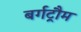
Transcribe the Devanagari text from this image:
बर्गट्रौम